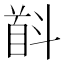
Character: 𱄋